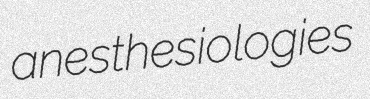
anesthesiologies